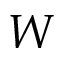
W